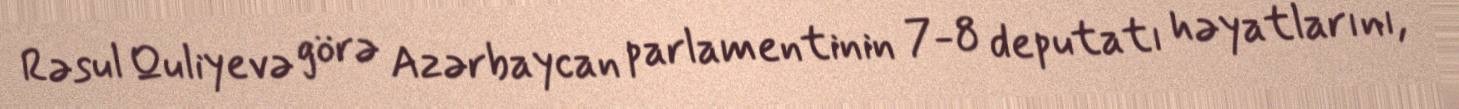
Rəsul Quliyevə görə Azərbaycan parlamentinin 7-8 deputatı həyatlarını,